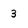
Character: 3